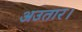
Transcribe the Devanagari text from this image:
अउतार।